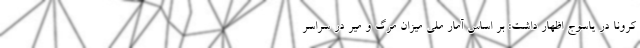
کرونا در یاسوج اظهار داشت: بر اساس آمار ملی میزان مرگ و میر در سراسر